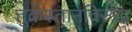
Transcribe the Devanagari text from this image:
तुर्कस्तानविरूद्ध